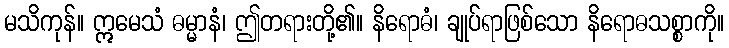
မသိကုန်။ ဣမေသံ ဓမ္မာနံ၊ ဤတရားတို့၏။ နိရောဓံ၊ ချုပ်ရာဖြစ်သော နိရောဓသစ္စာကို။